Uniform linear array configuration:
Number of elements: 64
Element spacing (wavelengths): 1
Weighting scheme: hamming
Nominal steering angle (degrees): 60
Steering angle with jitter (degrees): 60.971
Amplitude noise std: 0.05
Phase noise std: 0.05

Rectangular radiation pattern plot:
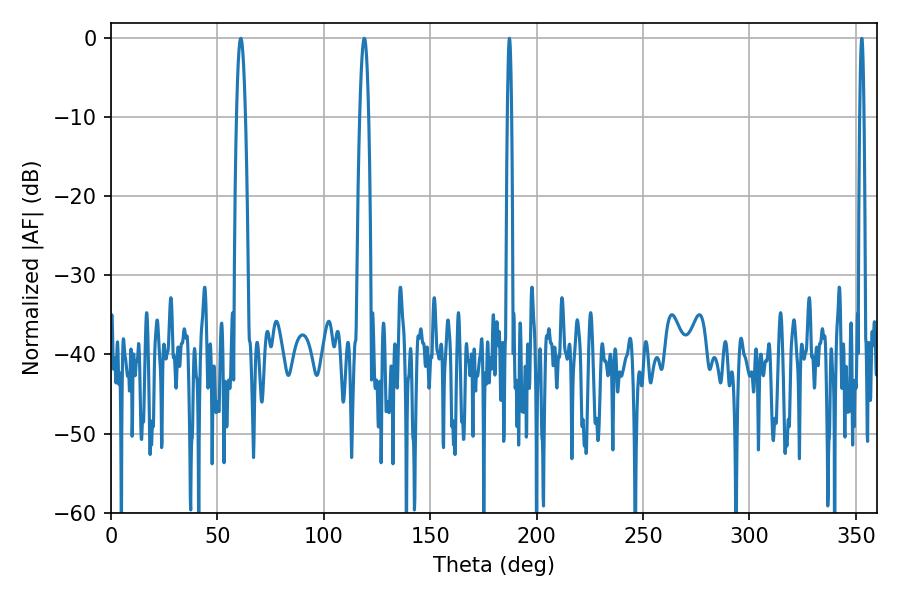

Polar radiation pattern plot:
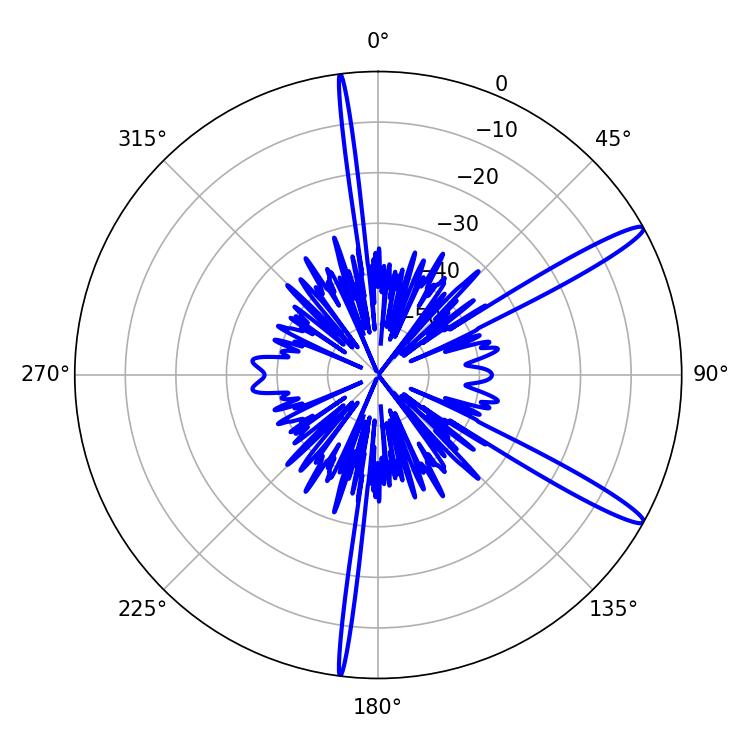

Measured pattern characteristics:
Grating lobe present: TRUE
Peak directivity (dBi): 14.446
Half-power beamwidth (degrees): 1.08
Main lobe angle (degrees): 187.2